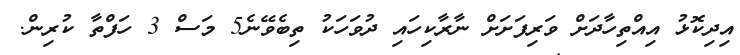
އިދިކޮޅު އިއްތިހާދަށް ވަރިފަށަށް ނާރާކިހައި ދުވަހަކު ތިބެވޭނެ5 މަސް 3 ހަފްތާ ކުރިން.